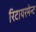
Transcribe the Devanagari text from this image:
रिटायरमेन्ट